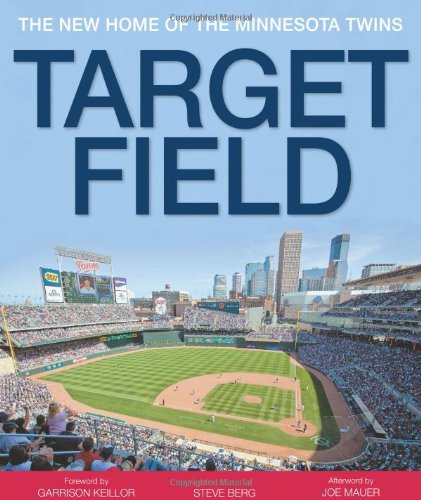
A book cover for Target Field: The New Home of the Minnesota Twins; Steve Berg; Travel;